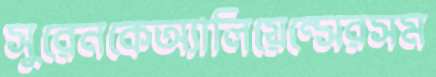
সুরেনকেঅ্যালিয়েন্সেরসম